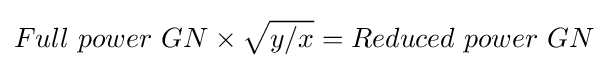
Full\ power\ GN\times {\sqrt {{y}/{x}}}=Reduced\ power\ GN